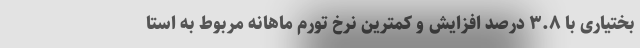
بختیاری با ٣.٨ درصد افزایش و کمترین نرخ تورم ماهانه مربوط به استا